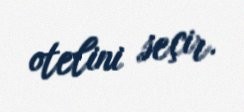
otelini seçir.